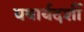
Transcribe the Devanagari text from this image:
यथार्थदर्शी